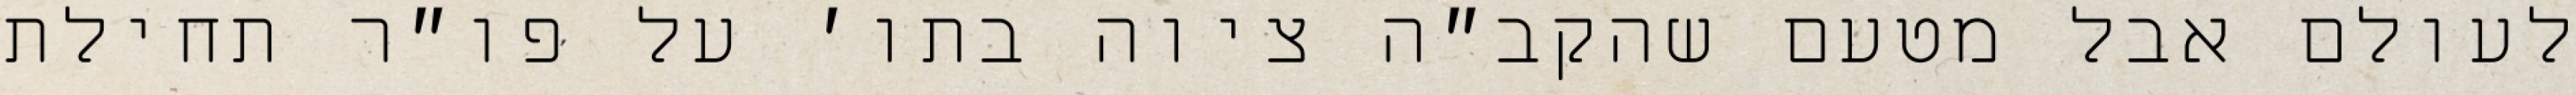
לעולם אבל מטעם שהקב״ה ציוה בתו׳ על פו״ר תחילת